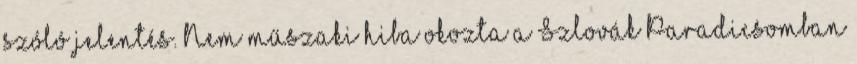
szóló jelentés. Nem műszaki hiba okozta a Szlovák Paradicsomban